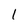
Character: 1